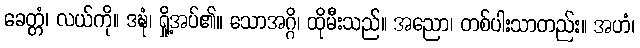
ခေတ္တံ၊ လယ်ကို။ ဒဍ္ဎံ၊ ရှို့အပ်၏။ သောအဂ္ဂိ၊ ထိုမီးသည်။ အညော၊ တစ်ပါးသာတည်း။ အဟံ၊